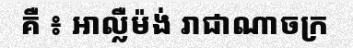
គឺ ៖ អាល្លឺម៉ង់ រាជាណាចក្រ